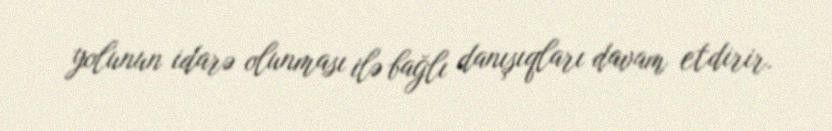
yolunun idarə olunması ilə bağlı danışıqları davam etdirir.